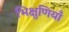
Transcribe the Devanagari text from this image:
भिक्षुणियाँ